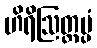
ဟိရိဩတ္တပ္ပံ